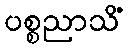
ပစ္စညာသိံ